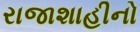
રાજાશાહીનો